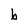
Character: b